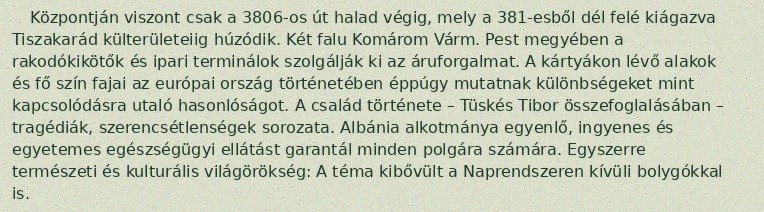
Központján viszont csak a 3806-os út halad végig, mely a 381-esből dél felé kiágazva Tiszakarád külterületeiig húzódik. Két falu Komárom Várm. Pest megyében a rakodókikötők és ipari terminálok szolgálják ki az áruforgalmat. A kártyákon lévő alakok és fő szín fajai az európai ország történetében éppúgy mutatnak különbségeket mint kapcsolódásra utaló hasonlóságot. A család története – Tüskés Tibor összefoglalásában – tragédiák, szerencsétlenségek sorozata. Albánia alkotmánya egyenlő, ingyenes és egyetemes egészségügyi ellátást garantál minden polgára számára. Egyszerre természeti és kulturális világörökség: A téma kibővült a Naprendszeren kívüli bolygókkal is.